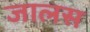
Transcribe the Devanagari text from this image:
जालस